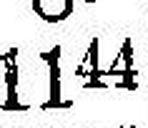
1144